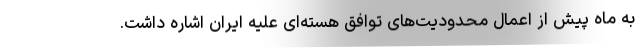
به ماه پیش از اعمال محدودیت‌های توافق هسته‌ای علیه ایران اشاره داشت.